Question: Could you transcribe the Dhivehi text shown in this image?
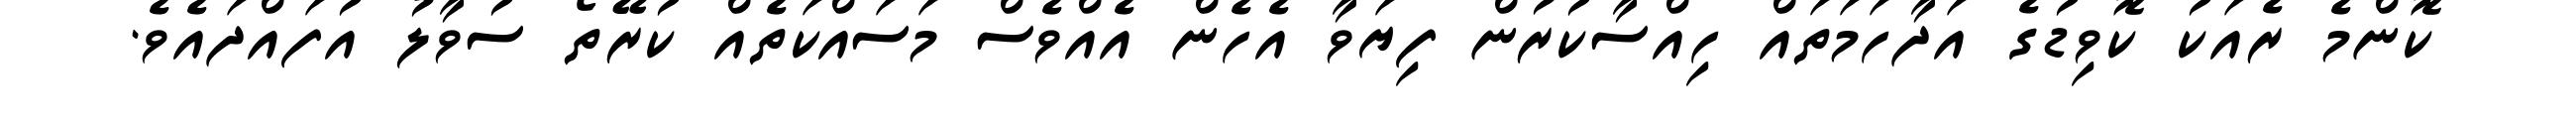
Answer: ކޮންމެ ރެއަކު ކޮވިޑުގެ އަދާހަމަތައް ހިއްސާކުރުން ފިޔަވާ އެހެން އެއްވެސް މަސައްކަތެއް ކުރޭތޯ ސުވާލު އުފައްދައެވެ.